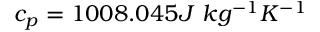
c _ { p } = 1 0 0 8 . 0 4 5 J \ k g ^ { - 1 } K ^ { - 1 }